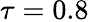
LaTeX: \tau=0.8